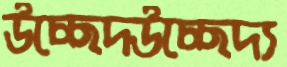
উচ্ছেদউচ্ছেদ্য